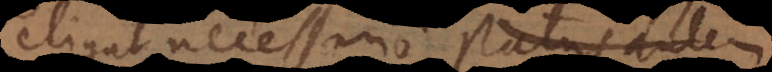
eligat necessario, status autem